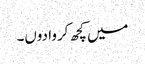
میں کچھ کروا دوں۔